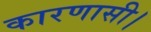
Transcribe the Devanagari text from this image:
कारणासी।